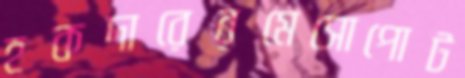
হকদারেরমেসোপোট